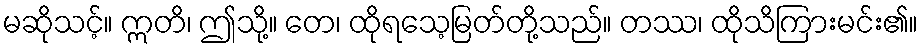
မဆိုသင့်။ ဣတိ၊ ဤသို့။ တေ၊ ထိုရသေ့မြတ်တို့သည်။ တဿ၊ ထိုသိကြားမင်း၏။